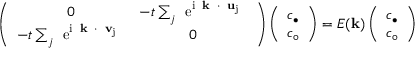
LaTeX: \left( \begin{array} { c c } { { 0 } } & { { - t \sum _ { j } \mathrm { \Large ~ e ^ { i { \bf ~ k ~ \cdot ~ u } _ { j } } ~ } } } \\ { { - t \sum _ { j } \mathrm { \Large ~ e ^ { i { \bf ~ k ~ \cdot ~ v } _ { j } } ~ } } } & { { 0 } } \end{array} \right) \left( \begin{array} { c } { { c _ { \bullet } } } \\ { { c _ { \circ } } } \end{array} \right) = E ( { \bf k } ) \left( \begin{array} { c } { { c _ { \bullet } } } \\ { { c _ { \circ } } } \end{array} \right)